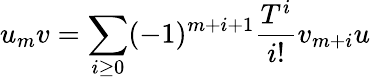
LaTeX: u_{m}v=\sum_{i\geq 0}(-1)^{m+i+1}{\frac{T^{i}}{i!}}v_{m+i}u